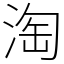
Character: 淘